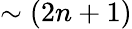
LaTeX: \sim(2n+1)